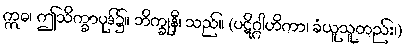
ဣဓ၊ ဤသိက္ခာပုဒ်၌။ ဘိက္ခုနီ၊ သည်။ (ပဋိဂ္ဂါဟိကာ၊ ခံယူသူတည်း၊)